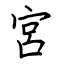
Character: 宮